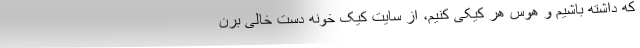
که داشته باشیم و هوس هر کیکی کنیم، از سایت کیک خونه دست‌ خالی برن